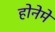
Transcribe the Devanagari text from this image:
होनेमे